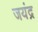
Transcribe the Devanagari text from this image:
जयंद्र